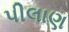
પીલાણ